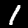
Label: 1